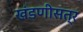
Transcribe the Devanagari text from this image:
खंडणीसत्र